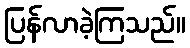
ပြန်လာခဲ့ကြသည်။